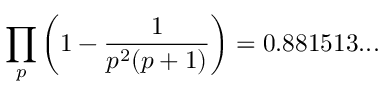
\prod _ { p } \left( 1 - { \frac { 1 } { p ^ { 2 } ( p + 1 ) } } \right) = 0 . 8 8 1 5 1 3 . . .